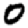
Digit: 0